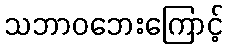
သဘာဝဘေးကြောင့်